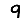
Digit: 9